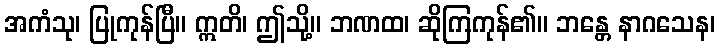
အကံသု၊ ပြုကုန်ပြီ။ ဣတိ၊ ဤသို့။ ဘဏထ၊ ဆိုကြကုန်၏။ ဘန္တေ နာဂသေန၊